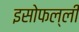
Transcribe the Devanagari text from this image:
इसोफल्ली